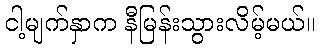
ငါ့မျက်နှာက နီမြန်းသွားလိမ့်မယ်။